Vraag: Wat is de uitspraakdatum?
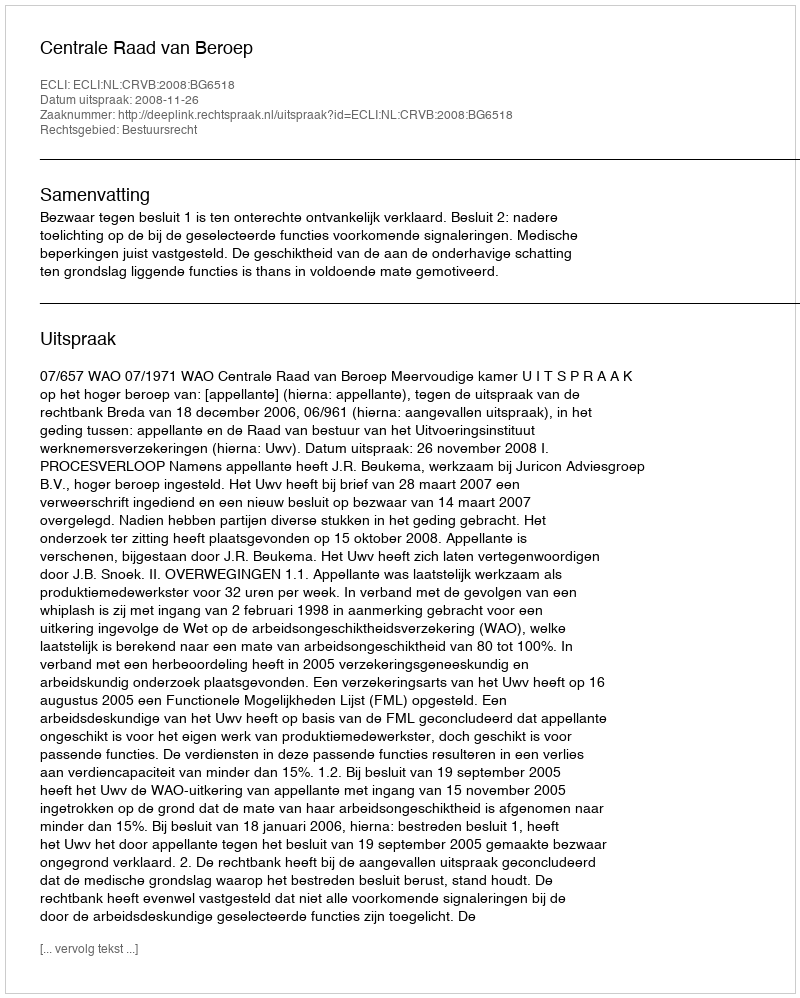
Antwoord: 2008-11-26